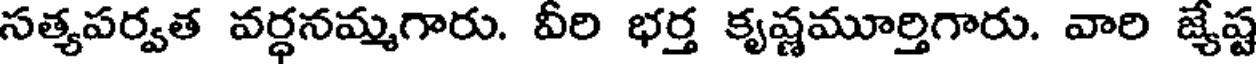
సత్యపర్వత వర్ధనమ్మగారు. వీరి భర్త కృష్ణమూర్తిగారు. వారి జ్యేష్ట